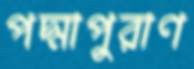
পদ্মাপুরাণ